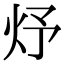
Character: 㶦